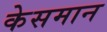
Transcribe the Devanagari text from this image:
केसमान